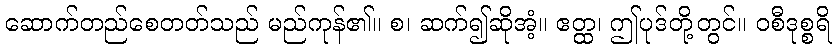
ဆောက်တည်စေတတ်သည် မည်ကုန်၏။ စ၊ ဆက်၍ဆိုအံ့။ ဧတ္ထ၊ ဤပုဒ်တို့တွင်။ ဝစီဒုစ္စရိ